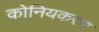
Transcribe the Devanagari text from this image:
कोनियकरण